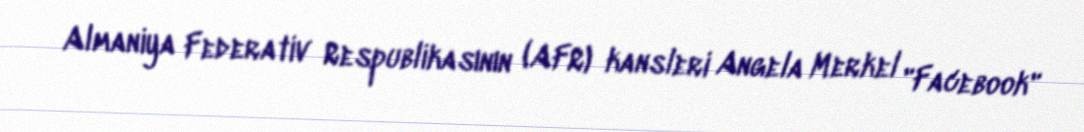
Almaniya Federativ Respublikasının (AFR) kansleri Angela Merkel "Facebook"